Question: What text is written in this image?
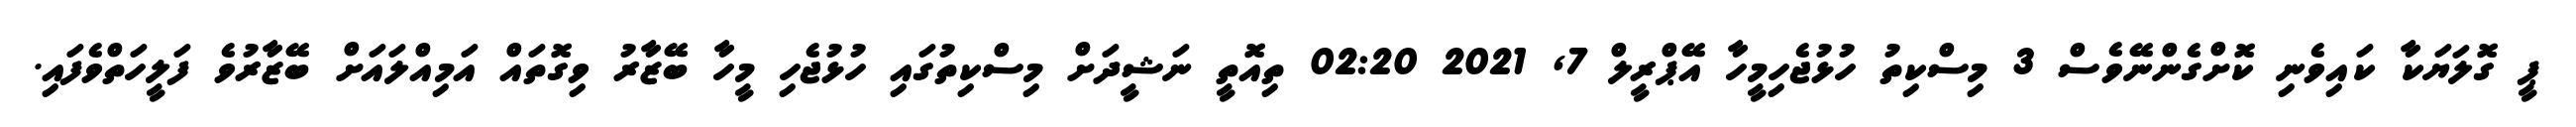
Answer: ޕީ ގޮލަޔަކާ ކައިވެނި ކޮށްގެންނޭވެސް 3 މިސްކިތު ހުޅުޖެހިމީހާ އޭޕްރީލް 7, 2021 02:20 ތިއޮތީ ނަޝީދަށް މިސްކިތުގައި ހުޅުޖެހި މީހާ ބޭޒާރު ވިގޮތައް އަމިއްލައަށް ބޭޒާރުވެ ފަލީހަތްވެފައި.